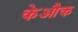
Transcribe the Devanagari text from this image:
केऔक